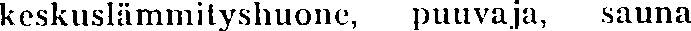
keskuslämmityshuone, puuvaja, sauna